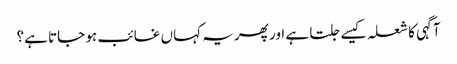
آگہی کا شعلہ کیسے جلتا ہے اور پھر یہ کہاں غائب ہو جاتا ہے؟